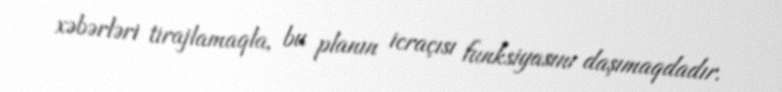
xəbərləri tirajlamaqla, bu planın icraçısı funksiyasını daşımaqdadır.